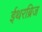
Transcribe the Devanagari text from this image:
ईथरब्रिज